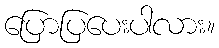
ပြောပြပေးပါလား။